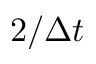
2 / \Delta t